Vabadussoja_Ajaloo_Komitee, lk 14
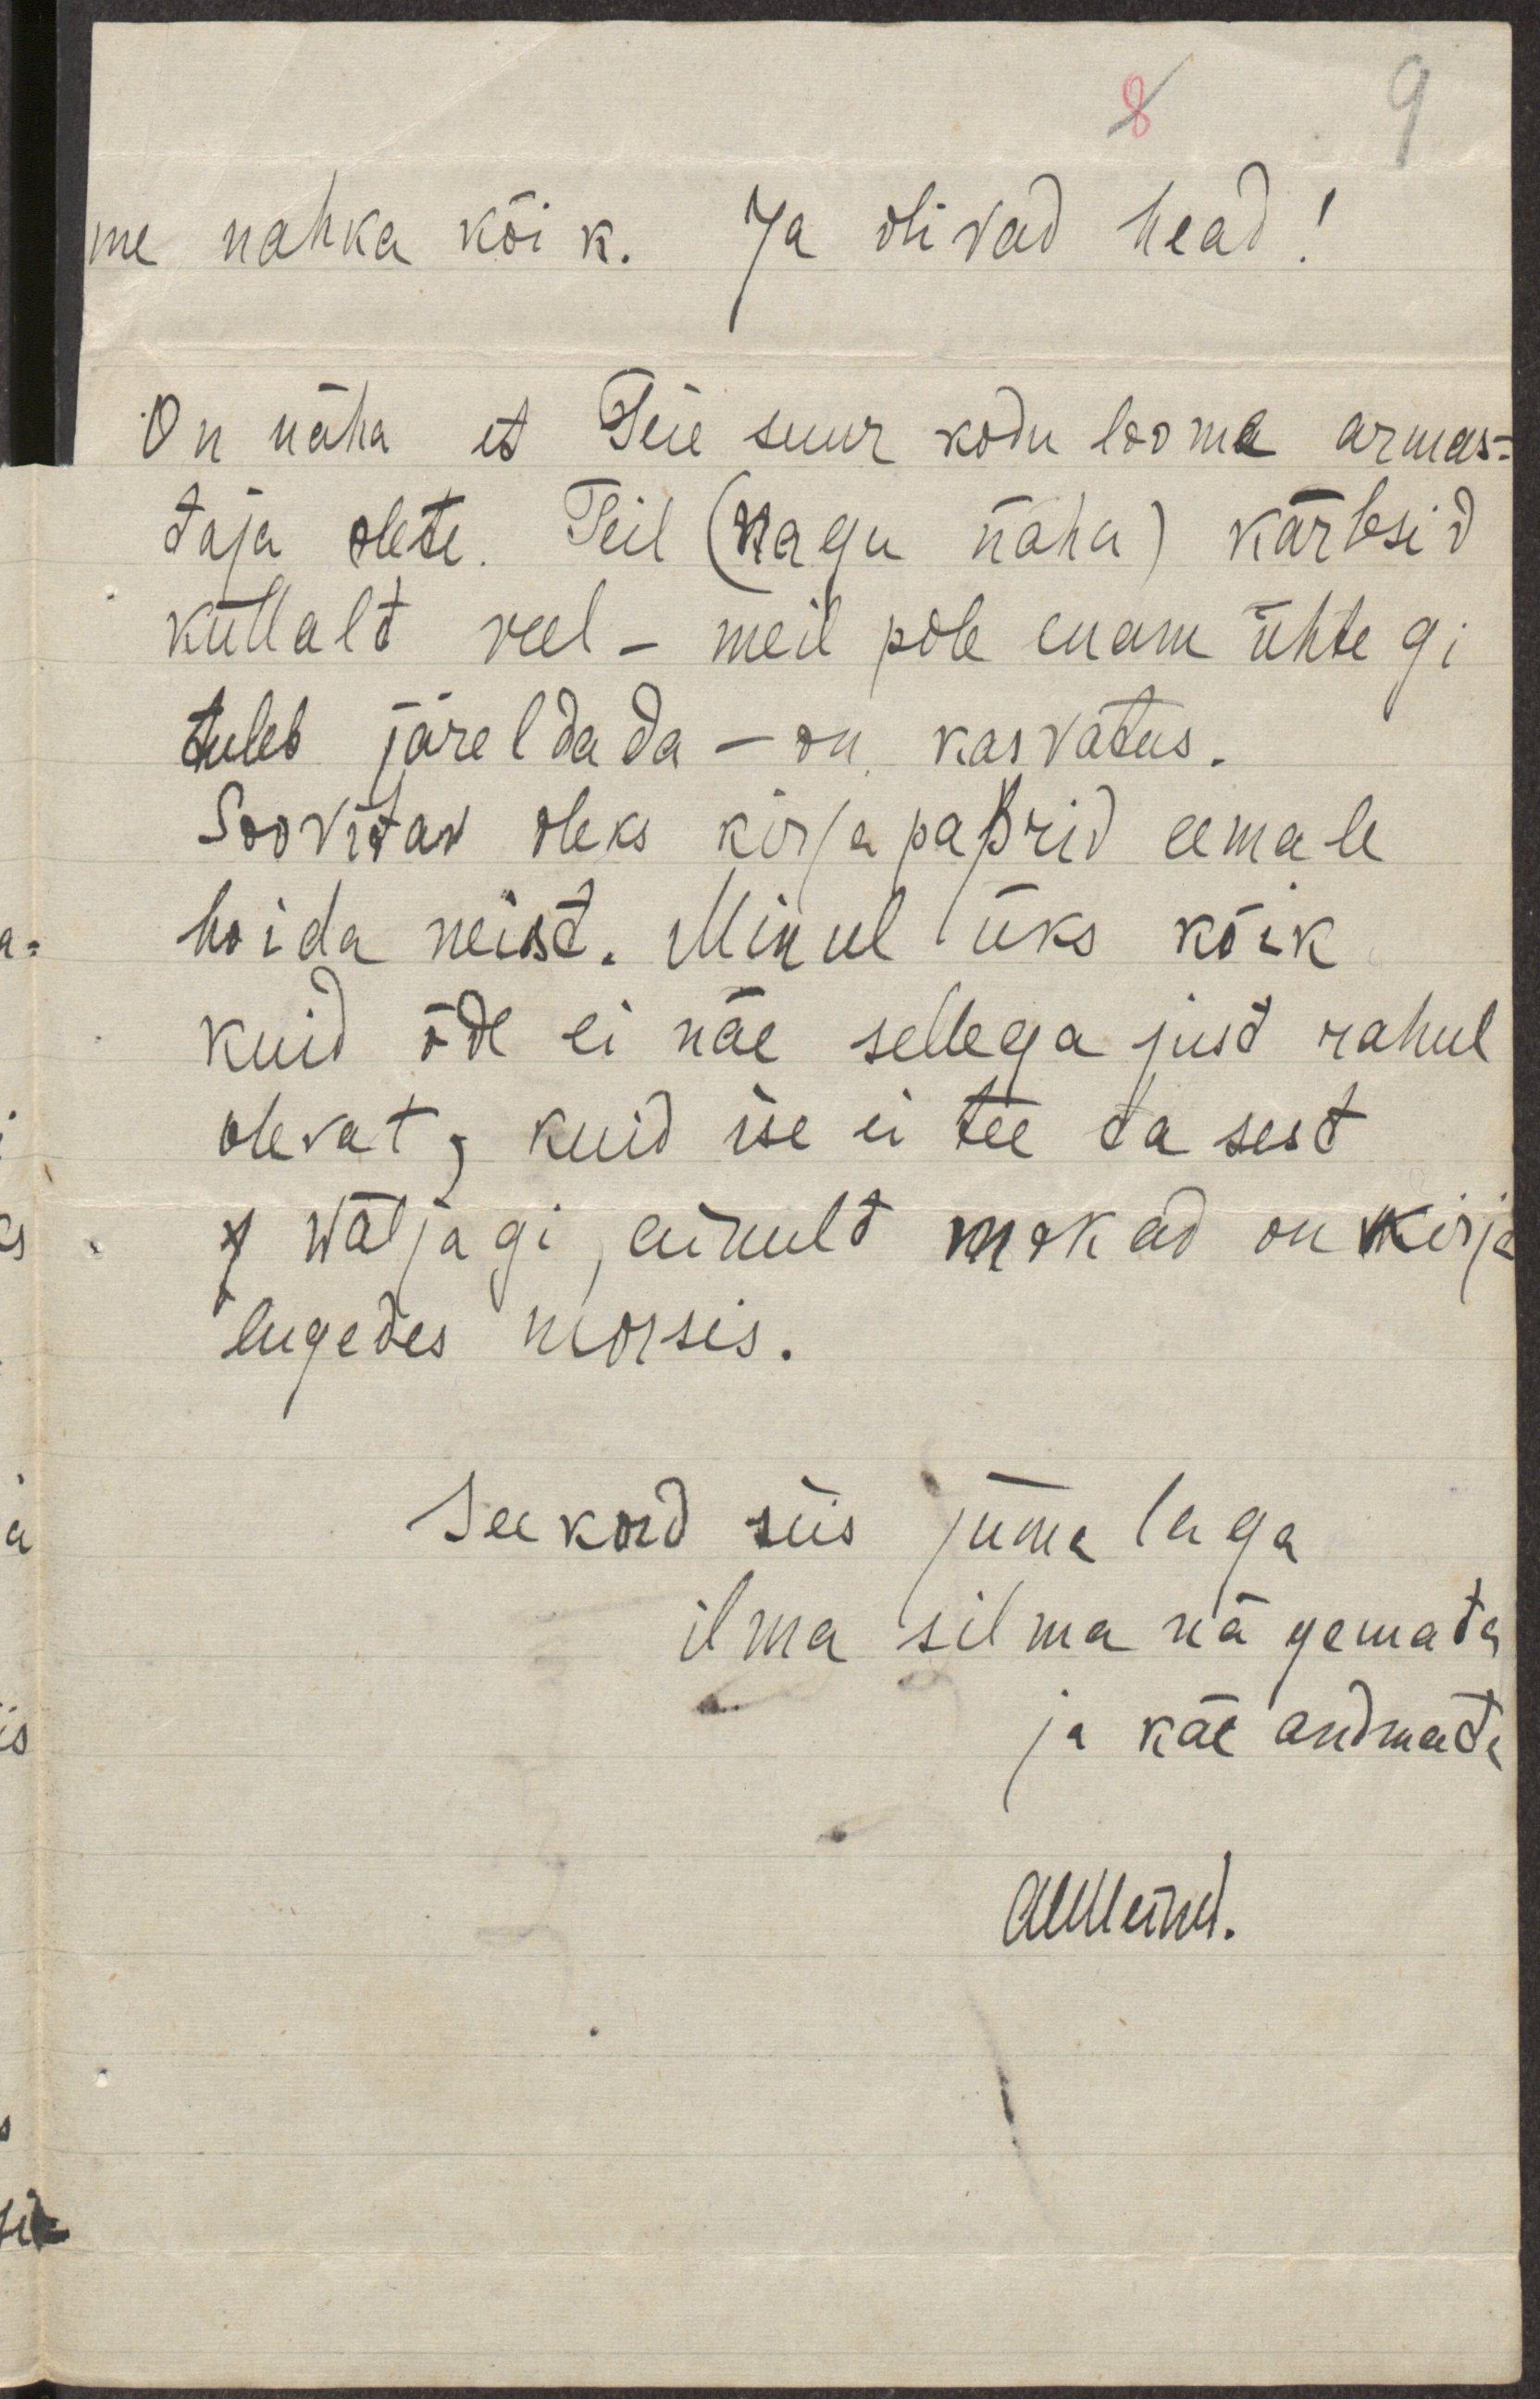
9
me nahka kõik. Ja olivad head!
On näha et Teie suur kodu looma armas-
taja olete. Teil (nagu näha) kärbsid
küllalt veel - meil pole enam ühtegi
tuleb järeldada - on kasvatus.
Soovitav oleks kirjapaprid eemale
hoida neist. Minul üks kõik
kuid õde ei näe sellega just rahul
olevat, kuid ise ei tee ta sest
4 wäljagi, ainult mokad on kirja
lugedes mossis.
Seekord siis jumalaga
ilma silma nägemata
ja käe andmata
AllMeind.